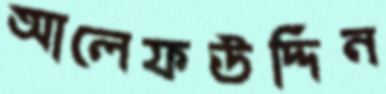
আলেফউদ্দিন